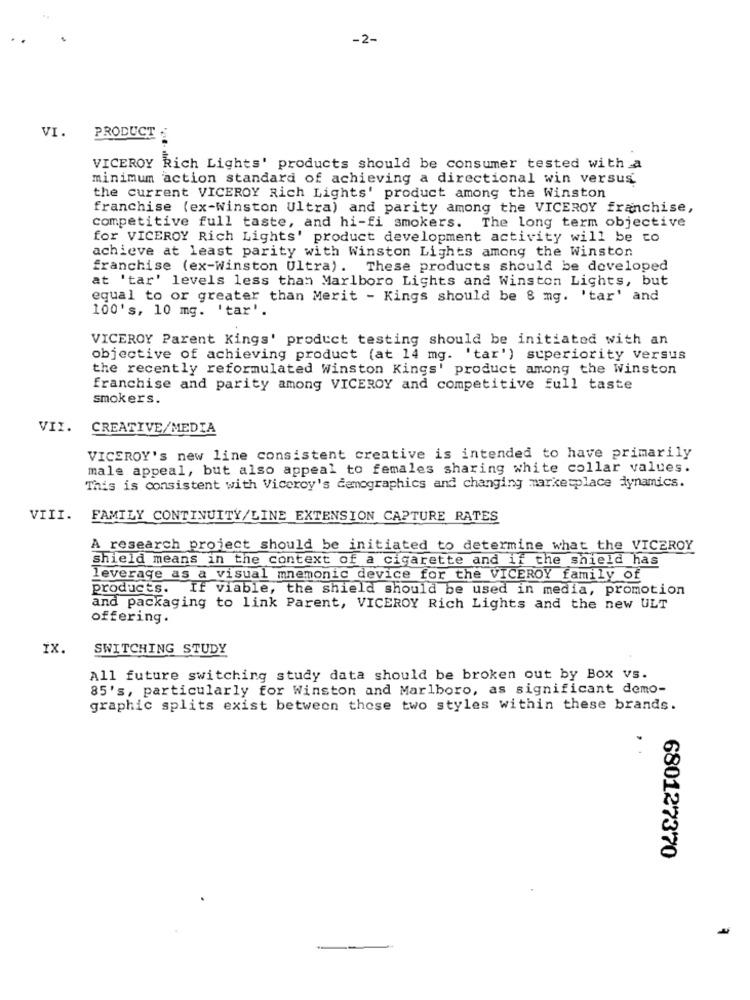
-2-
VI.
PRODUCT
VICEROY Rich Lights' products should be consumer tested with a
minimum action standard of achieving a directional win versus
the current VICEROY Rich Lights' product among the Winston
franchise (ex-Winston Ultra) and parity among the VICEROY franchise,
competitive full taste, and hi-fi smokers. The long term objective
for VICEROY Rich Lights' product development activity will be to
achieve at least parity with Winston Lights among the Winston
franchise (ex-winston Ultra). These products should be developed
at 'tar' levels less than Marlboro Lights and Winston Lights, but
equal to or greater than Merit - Kings should be 8 mg. 'tar' and
100's, 10 mg. 'tar'.
VICEROY Parent Kings' product testing should be initiated with an
objective of achieving product (at 14 mg. 'tar') superiority versus
the recently reformulated Winston Kings' product among the Winston
franchise and parity among VICEROY and competitive full taste
smokers.
VII.
CREATIVE/MEDIA
VICEROY's new line consistent creative is intended to have primarily
male appeal, but also appeal to females sharing white collar values.
This is consistent with Viceroy's demographics and changing marketplace dynamics.
VIII. FAMILY CONTINUITY/LINE EXTENSION CAPTURE RATES
A research project should be initiated to determine what the VICEROY
Shield means in the context of a cigarette and if the shield has
leverage as a visual mnemonic device for the VICEROY family of
products. If viable, the shield should be used in media, promotion
and packaging to link Parent, VICEROY Rich Lights and the new ULT
offering.
IX.
SWITCHING STUDY
All future switching study data should be broken out by Box vs.
85's, particularly for Winston and Marlboro, as significant demo-
graphic splits exist between those two styles within these brands.
680127370